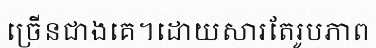
ច្រើនជាងគេ។ដោយសារតែរូបភាព